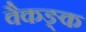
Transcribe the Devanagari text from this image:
वैकङ्क